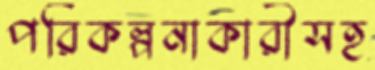
পরিকল্পনাকারীসহ